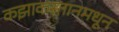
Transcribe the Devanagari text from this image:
कझाकस्तानमधून